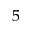
5